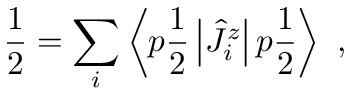
{ \frac { 1 } { 2 } } = \sum _ { i } \left\langle p { \frac { 1 } { 2 } } \left| \hat { J } _ { i } ^ { z } \right| p { \frac { 1 } { 2 } } \right\rangle \ ,